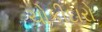
ચોકીદારો